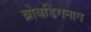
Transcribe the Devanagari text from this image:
ब्रोबडिंगनाग